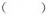
()